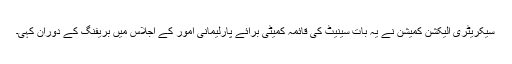
سیکریٹری الیکشن کمیشن نے یہ بات سینیٹ کی قائمہ کمیٹی برائے پارلیمانی امور کے اجلاس میں بریفنگ کے دوران کہی۔